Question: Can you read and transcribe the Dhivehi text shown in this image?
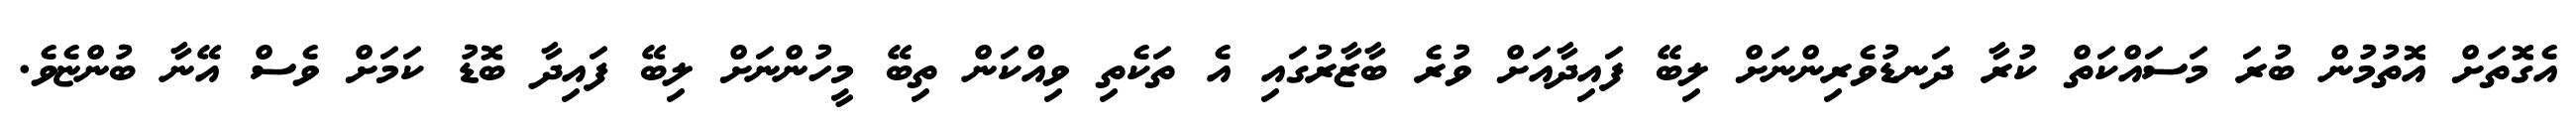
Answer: އެގޮތަށް އޮތުމުން ބުރަ މަސައްކަތް ކުރާ ދަނޑުވެރިންނަށް ލިބޭ ފައިދާއަށް ވުރެ ބާޒާރުގައި އެ ތަކެތި ވިއްކަން ތިބޭ މީހުންނަށް ލިބޭ ފައިދާ ބޮޑު ކަމަށް ވެސް އޭނާ ބުންޏެވެ.